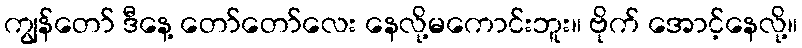
ကျွန်တော် ဒီနေ့ တော်တော်လေး နေလို့မကောင်းဘူး။ ဗိုက် အောင့်နေလို့။